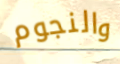
والنجوم